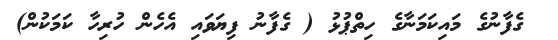
ގެފާނުގެ މައިކަމަނާގެ ހިތްޕުޅު ( ގެފާނު ފިޔަވައި އެހެން ހުރިހާ ކަމަކުން)